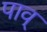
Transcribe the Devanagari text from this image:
पाव्